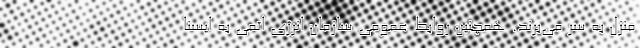
منزل به سر می‌برند. همچنین روابط عمومی سازمان انرژی اتمی به ایسنا